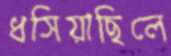
ধসিয়াছিলে